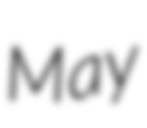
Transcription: May